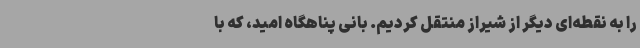
را به نقطه‌ای دیگر از شیراز منتقل کردیم. بانی پناهگاه امید، که با